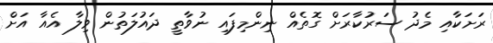
ރަށަކާއި މެދު ސަރުކާރަށް ގޮތެއް ނިންމިފައި ނުވާތީ ދައުލަތުން ވިލާ އެއާ އަށް